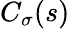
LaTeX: C_{\sigma}(s)